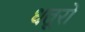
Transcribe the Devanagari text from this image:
धतूरों